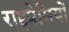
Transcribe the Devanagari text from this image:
राष्ट्रप्रेमियों